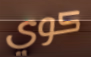
كوي